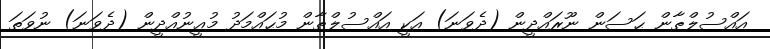
އައްސުލްޠާން ޙަސަން ނޫރައްދީން (ދެވަނަ) އަކީ އައްސުލްޠާން މުޙައްމަދު މުޢީނުއްދީން (ދެވަނަ) ނުވަތަ